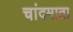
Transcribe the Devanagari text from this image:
चांदमाता